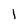
Character: I